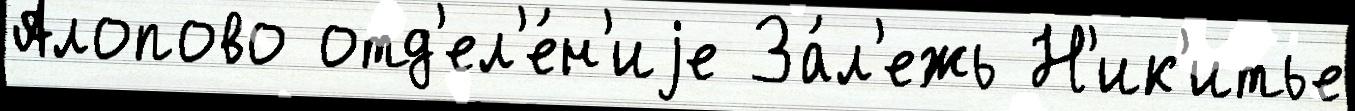
Алопово отд'ел'е́н'иjе За́л'ежь Н'ик'итье